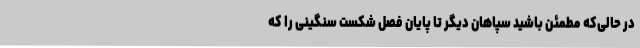
در حالی‌که مطمئن باشید سپاهان دیگر تا پایان فصل شکست سنگینی را که